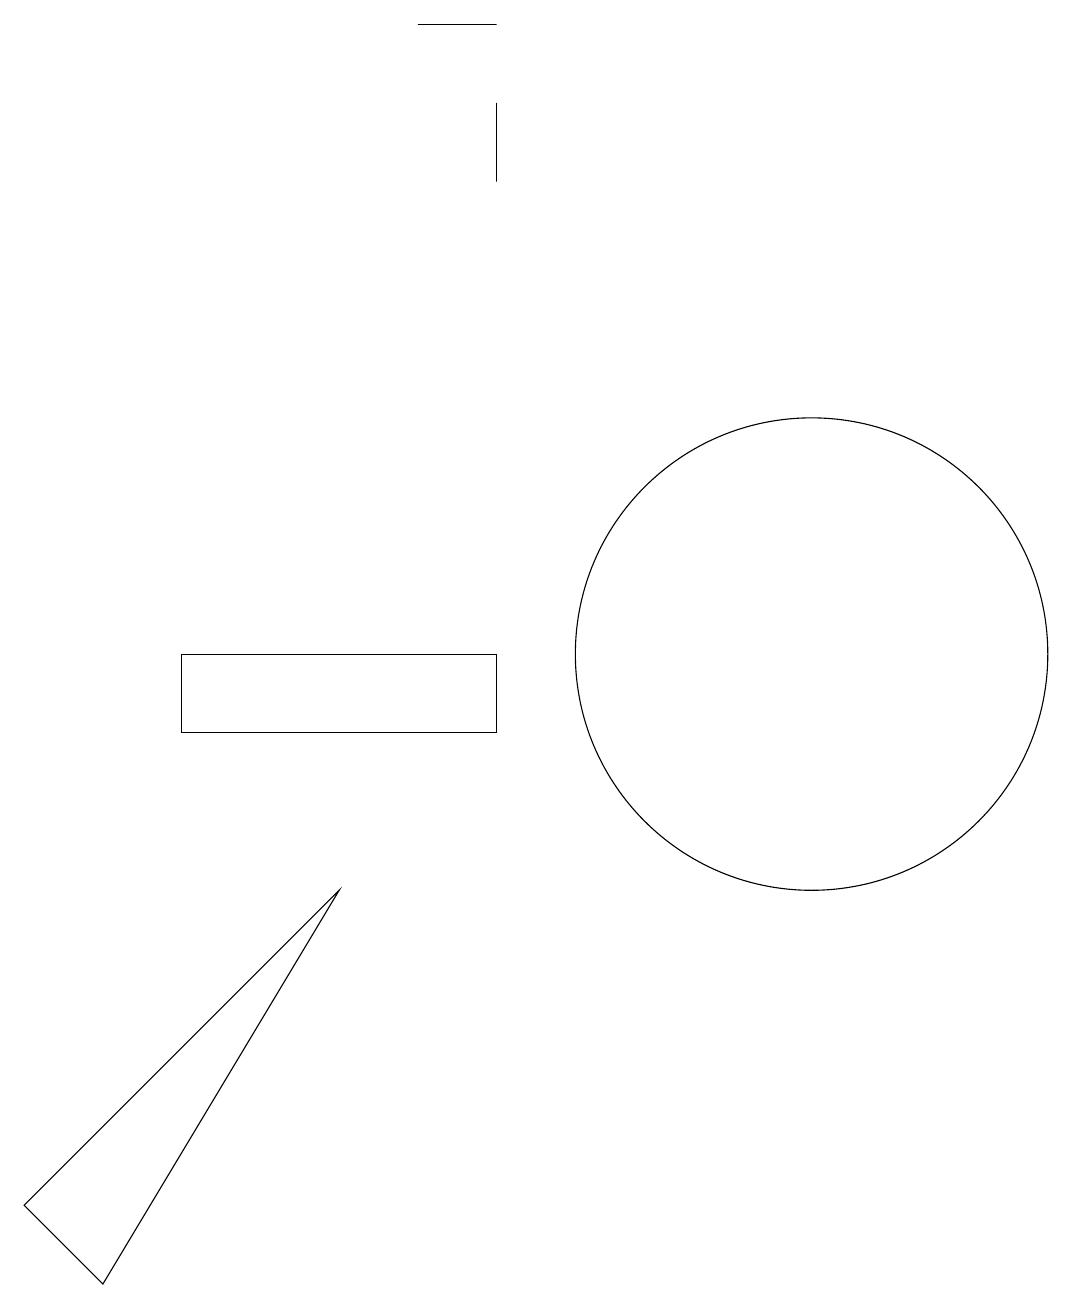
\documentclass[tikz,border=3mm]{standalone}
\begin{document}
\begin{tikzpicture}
\draw (10,11) circle (3);
\draw (5,19) rectangle (6,19);
\draw (6,17) rectangle (6,18);
\draw (6,10) rectangle (2,11);
\draw (4,8) -- (0,4) -- (1,3) -- cycle;
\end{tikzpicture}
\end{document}